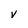
Character: V